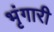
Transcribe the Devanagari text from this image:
भृंगारी